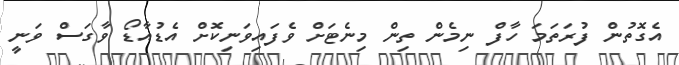
އެގޮތުން ފުރަތަމަ ހާފް ނިމެން ތިން މިނެޓަށް ވެފައިވަނިކޮށް އެޑުއާޑޯ ވާގަސް ވަނީ